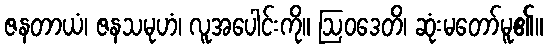
ဇနတာယံ၊ ဇနသမုဟံ၊ လူအပေါင်းကို။ ဩဝဒေတိ၊ ဆုံးမတော်မူ၏။